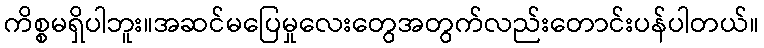
ကိစ္စမရှိပါဘူး။အဆင်မပြေမှုလေးတွေအတွက်လည်းတောင်းပန်ပါတယ်။